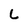
Character: L